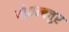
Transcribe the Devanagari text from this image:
योयम्बत्तूर